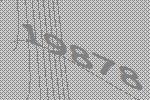
19878